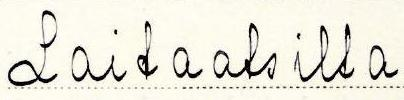
Laitaatsilta